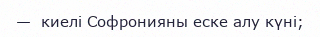
—  киелі Софронияны еске алу күні;